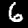
Digit: 6